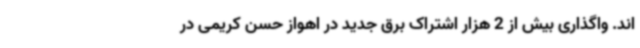
اند. واگذاری بیش از 2 هزار اشتراک برق جدید در اهواز حسن کریمی در